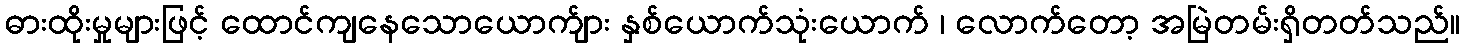
ဓားထိုးမှုများဖြင့် ထောင်ကျနေသောယောက်ျား နှစ်ယောက်သုံးယောက် ၊ လောက်တော့ အမြဲတမ်းရှိတတ်သည်။